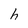
Character: h